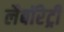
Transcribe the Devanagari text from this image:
लैबॉरेट्री